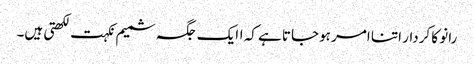
رانو کا کردار اتنا امر ہوجاتا ہے کہ اایک جگہ شمیم نکہت لکھتی ہیں۔